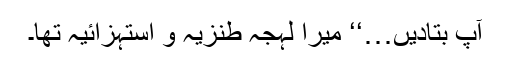
آپ بتادیں…‘‘ میرا لہجہ طنزیہ و استہزائیہ تھا۔